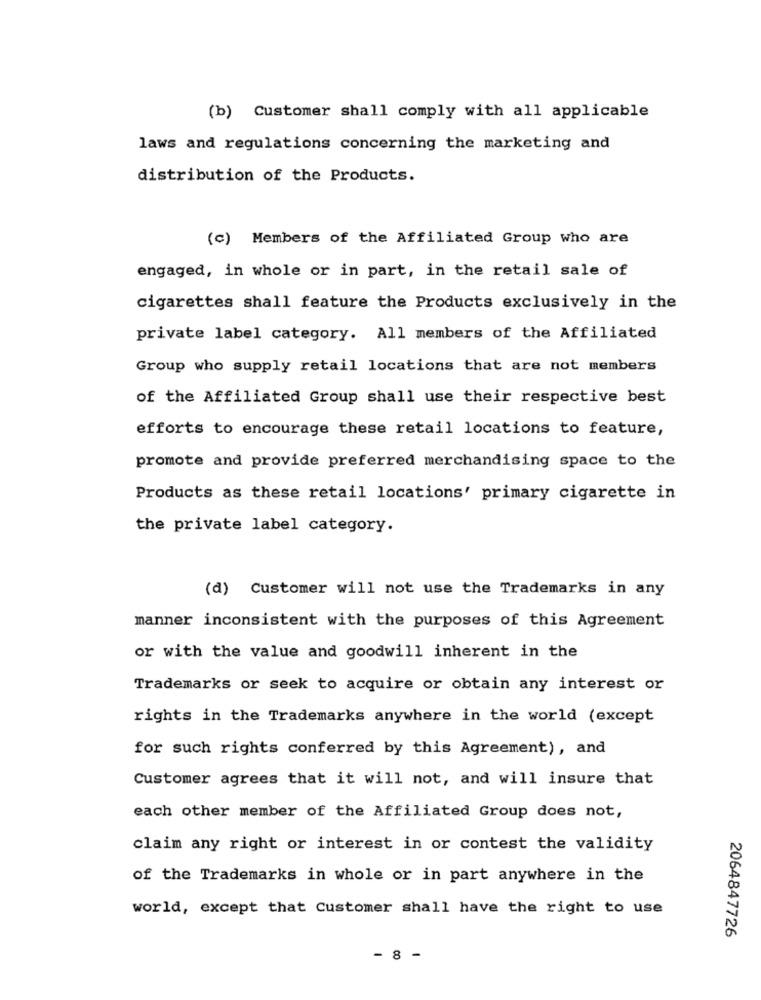
(b) Customer shall comply with all applicable
laws and regulations concerning the marketing and
distribution of the Products.
(c) Members of the Affiliated Group who are
engaged, in whole or in part, in the retail sale of
cigarettes shall feature the Products exclusively in the
private label category. All members of the Affiliated
Group who supply retail locations that are not members
of the Affiliated Group shall use their respective best
efforts to encourage these retail locations to feature,
promote and provide preferred merchandising space to the
Products as these retail locations' primary cigarette in
the private label category.
(d) Customer will not use the Trademarks in any
manner inconsistent with the purposes of this Agreement
or with the value and goodwill inherent in the
Trademarks or seek to acquire or obtain any interest or
rights in the Trademarks anywhere in the world (except
for such rights conferred by this Agreement), and
Customer agrees that it will not, and will insure that
each other member of the Affiliated Group does not,
claim any right or interest in or contest the validity
of the Trademarks in whole or in part anywhere in the
world, except that Customer shall have the right to use
2064847726
- 8 -